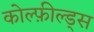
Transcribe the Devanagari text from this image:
कोल्फ़ील्ड्स